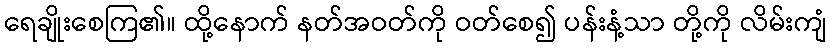
ရေချိုးစေကြ၏။ ထို့နောက် နတ်အဝတ်ကို ဝတ်စေ၍ ပန်းနံ့သာ တို့ကို လိမ်းကျံ